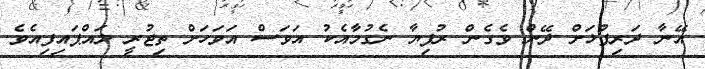
އޭނާ ދަރިފުޅަށް ދޭން ވެގެން ރުފިޔާ ނެގުމާއެކު އަވަސް އަވަހަށް ތިޖުރީ ލައްޕައިފިއެވެ.